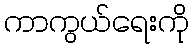
ကာကွယ်ရေးကို